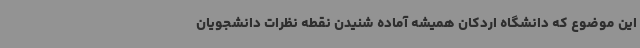
این موضوع که دانشگاه اردکان همیشه آماده شنیدن نقطه نظرات دانشجویان